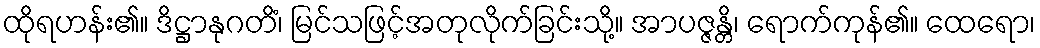
ထိုရဟန်း၏။ ဒိဋ္ဌာနုဂတိံ၊ မြင်သဖြင့်အတုလိုက်ခြင်းသို့။ အာပဇ္ဇန္တိ၊ ရောက်ကုန်၏။ ထေရော၊